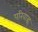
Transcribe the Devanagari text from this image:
परिवाह्न